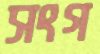
সংগ